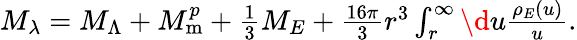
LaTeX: \begin{array}{r}{M_{\lambda}=M_{\Lambda}+M_{\mathrm{m}}^{p}+\frac{1}{3}M_{E}+\frac{16\pi}{3}r^{3}\int_{r}^{\infty}\d u\frac{\rho_{E}(u)}{u}.}\end{array}